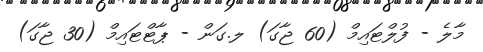
މާލެ - ފުލްޓައިމް (60 ޖާގަ) ލ.ގަން - ޕާޓްޓައިމް (30 ޖާގަ)